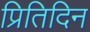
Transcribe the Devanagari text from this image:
प्रितिदिन